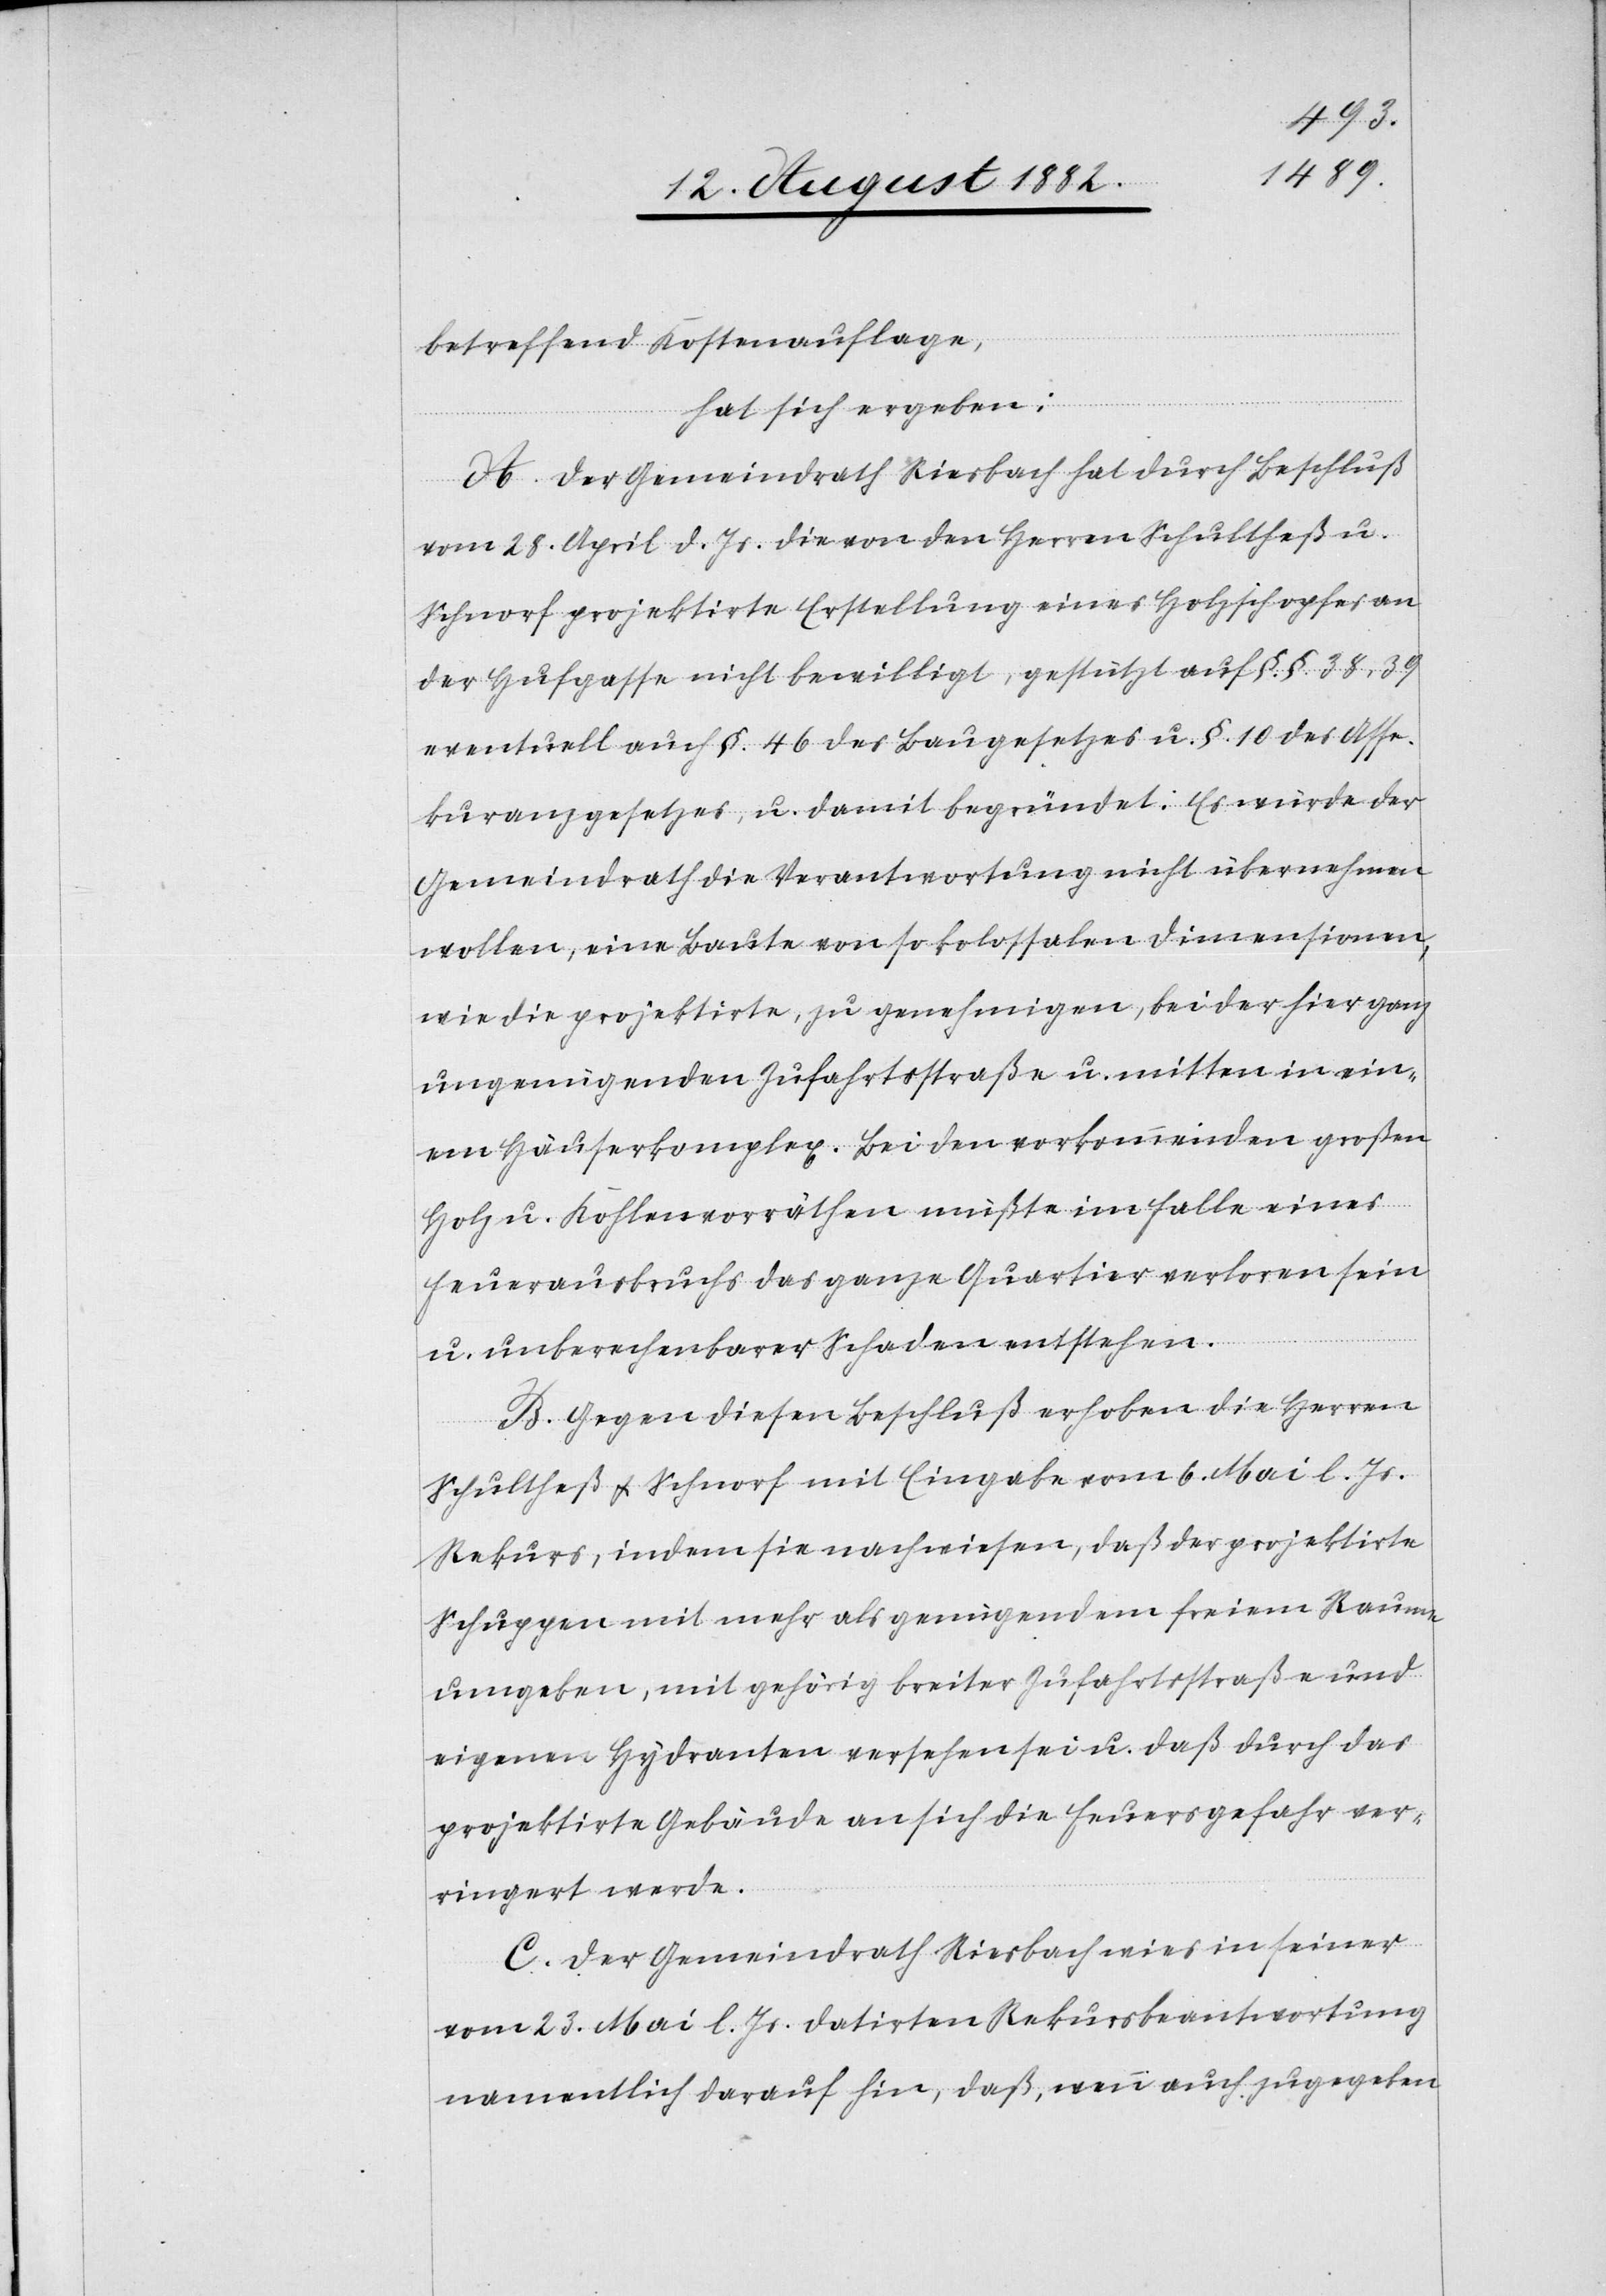
betreffend Kostenauflage,
hat sich ergeben:
A. Der Gemeindrath Riesbach hat durch Beschluß
vom 28. April d. Js. die von den Herren Schultheß u.
Schnorf projektirte Erstellung eines Holzschopfes an
der Hufgasse nicht bewilligt, gestützt auf §. §. 38, 39
eventuell auch §. 46 des Baugesetzes u. §. 10 des Asse¬
kuranzgesetzes, u. damit begründet: Es würde der
Gemeindrath die Verantwortung nicht übernehmen
wollen, eine Baute von so kolossalen Dimensionen,
wie die projektirte, zu genehmigen, bei der hier ganz
ungenügenden Zufahrtsstraße u. mitten in ein¬
em Häuserkomplex. Bei den vorkommenden großen
Holz u. Kohlenvorräthen müßte im Falle eines
Feuerausbruchs das ganze Quartier verloren sein
u. unberechenbarer Schaden entstehen.
B. Gegen diesen Beschluß erhoben die Herren
Schultheß & Schnorf mit Eingabe vom 6. Mai l. Js.
Rekurs, indem sie nachwiesen, daß der projektirte
Schuppen mit mehr als genügendem freien Raume
umgeben, mit gehörig breiter Zufahrtsstraße und
eigenen Hydranten versehen sei u. daß durch das
projektirte Gebäude an sich die Feuersgefahr ver¬
ringert werde.
C. Der Gemeindrath Riesbach wies in seiner
vom 23. Mai l. Js. datirten Rekursbeantwortung
namentlich darauf hin, daß, wenn auch zugegeben